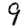
Digit: 9